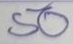
50